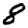
Digit: 8